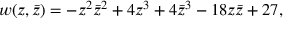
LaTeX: w ( z , \bar { z } ) = - z ^ { 2 } \bar { z } ^ { 2 } + 4 z ^ { 3 } + 4 \bar { z } ^ { 3 } - 1 8 z \bar { z } + 2 7 ,